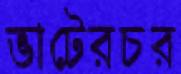
ভাটেরচর